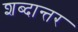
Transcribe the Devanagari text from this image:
शब्दान्तर